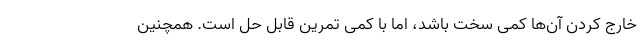
خارج کردن آن‌ها کمی سخت باشد، اما با کمی تمرین قابل حل است. همچنین